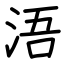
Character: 浯